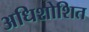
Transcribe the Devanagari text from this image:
अधिशोशित